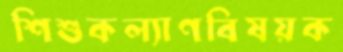
শিশুকল্যাণবিষয়ক